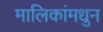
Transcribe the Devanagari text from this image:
मालिकांमधुन